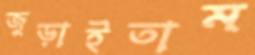
জুড়াইতাম